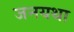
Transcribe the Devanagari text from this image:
जनयथा